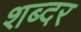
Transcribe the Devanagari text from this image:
शब्दर